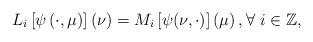
LaTeX: \begin{align*}L_i \left[\psi\left(\cdot,\mu \right) \right](\nu) = M_i\left[\psi(\nu,\cdot)\right]\left(\mu \right),\forall\ i \in \mathbb{Z},\end{align*}